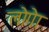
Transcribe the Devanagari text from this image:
लोगेा